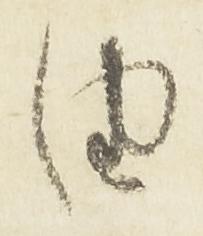
由